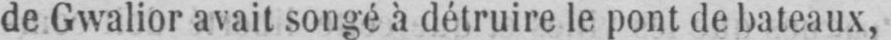
de Gwalior avait songé à détruire le pont de bateaux,